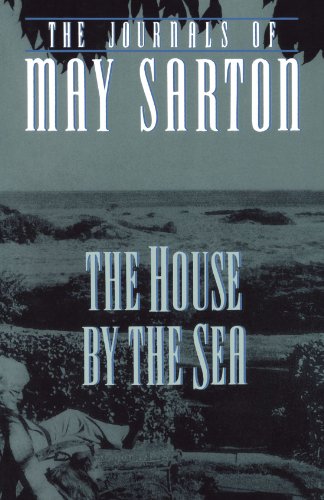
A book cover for The House by the Sea: A Journal; May Sarton; Literature & Fiction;